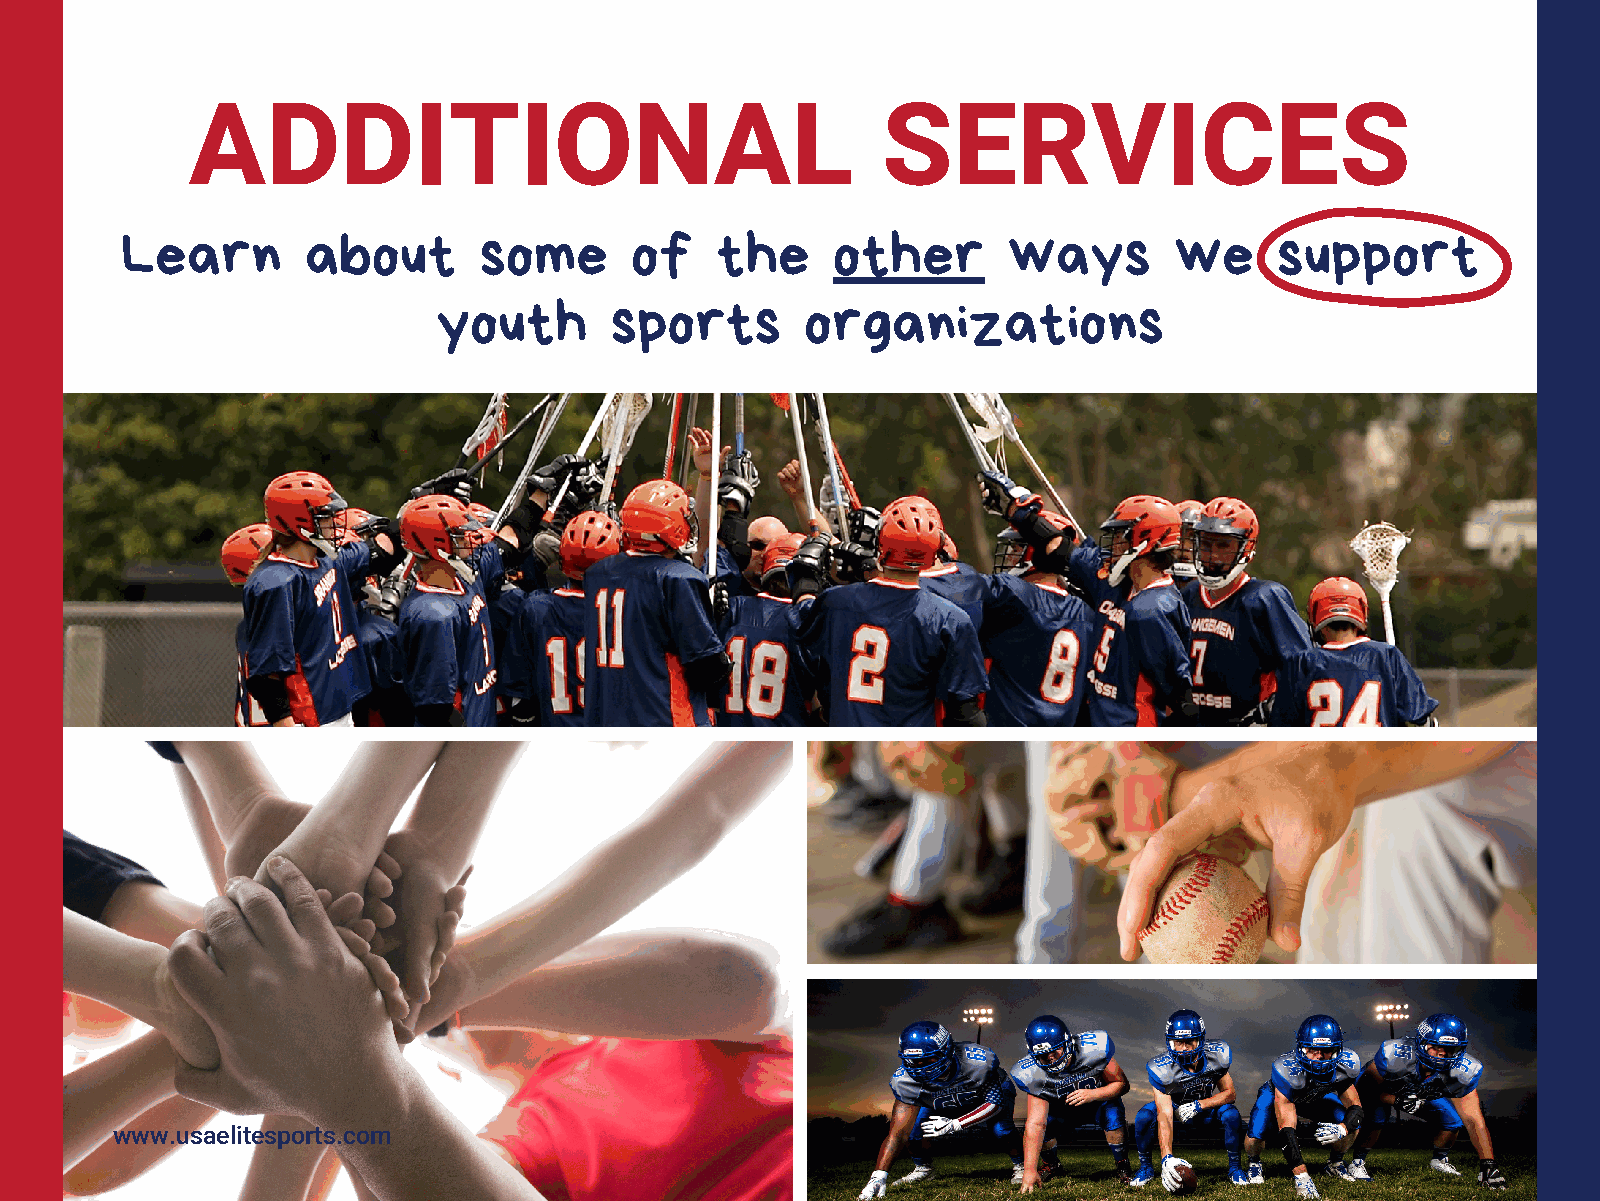
ADDITIONAL                                    SERVICES
 Learn       about       some      of   the     other       ways       we     support
 youth      sports       organizations
 www.usaelitesports.com